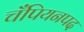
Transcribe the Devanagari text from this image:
चँपियनपद